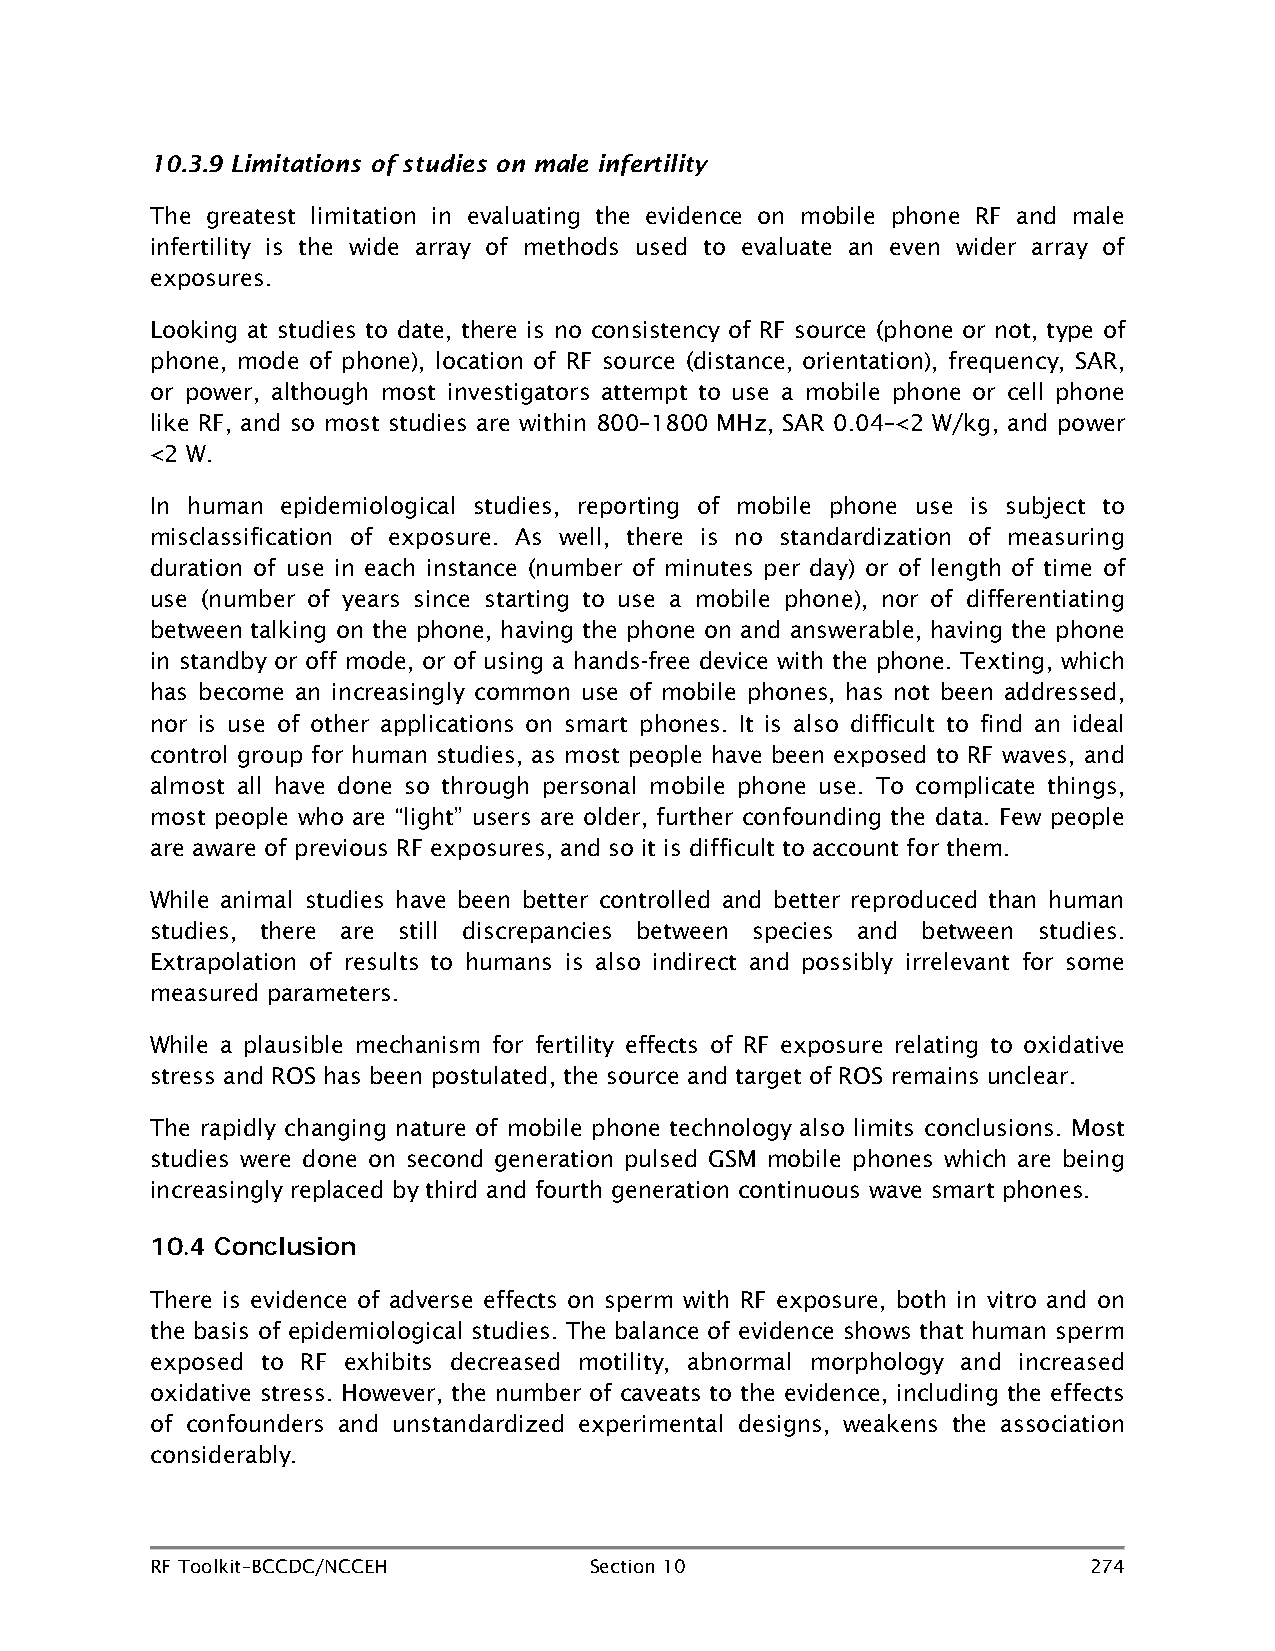
10.3.9 Limitations of studies on male infertility
 The greatest limitation in evaluating the evidence on mobile phone RF and male
 infertility is the wide array of methods used to evaluate an even wider array of
 exposures.
 Looking at studies to date, there is no consistency of RF source (phone or not, type of
 phone, mode of phone), location of RF source (distance, orientation), frequency, SAR,
 or power, although most investigators attempt to use a mobile phone or cell phone
 like RF, and so most studies are within 800–1800 MHz, SAR 0.04–<2 W/kg, and power
 <2 W.
 In human epidemiological studies, reporting of mobile phone use is subject to
 misclassification of exposure. As well, there is no standardization of measuring
 duration of use in each instance (number of minutes per day) or of length of time of
 use (number of years since starting to use a mobile phone), nor of differentiating
 between talking on the phone, having the phone on and answerable, having the phone
 in standby or off mode, or of using a hands-free device with the phone. Texting, which
 has become an increasingly common use of mobile phones, has not been addressed,
 nor is use of other applications on smart phones. It is also difficult to find an ideal
 control group for human studies, as most people have been exposed to RF waves, and
 almost all have done so through personal mobile phone use. To complicate things,
 most people who are “light” users are older, further confounding the data. Few people
 are aware of previous RF exposures, and so it is difficult to account for them.
 While animal studies have been better controlled and better reproduced than human
 studies, there are still discrepancies between species and between studies.
 Extrapolation of results to humans is also indirect and possibly irrelevant for some
 measured parameters.
 While a plausible mechanism for fertility effects of RF exposure relating to oxidative
 stress and ROS has been postulated, the source and target of ROS remains unclear.
 The rapidly changing nature of mobile phone technology also limits conclusions. Most
 studies were done on second generation pulsed GSM mobile phones which are being
 increasingly replaced by third and fourth generation continuous wave smart phones.
 10.4 Conclusion
 There is evidence of adverse effects on sperm with RF exposure, both in vitro and on
 the basis of epidemiological studies. The balance of evidence shows that human sperm
 exposed to RF exhibits decreased motility, abnormal morphology and increased
 oxidative stress. However, the number of caveats to the evidence, including the effects
 of confounders and unstandardized experimental designs, weakens the association
 considerably.
 RF Toolkit–BCCDC/NCCEH       Section 10                       274